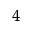
_ { 4 }